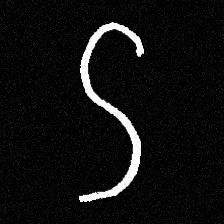
Pyu character \u2014 Myanmar letter: ဌ (romanized: ttha)